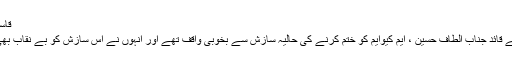
قاسم علی رضا
ایم کیوایم کے قائد جناب الطاف حسین ، ایم کیوایم کو ختم کرنے کی حالیہ سازش سے بخوبی واقف تھے اور انہوں نے اس سازش کو بے نقاب بھی کردیا تھا۔